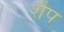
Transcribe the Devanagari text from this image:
शैप